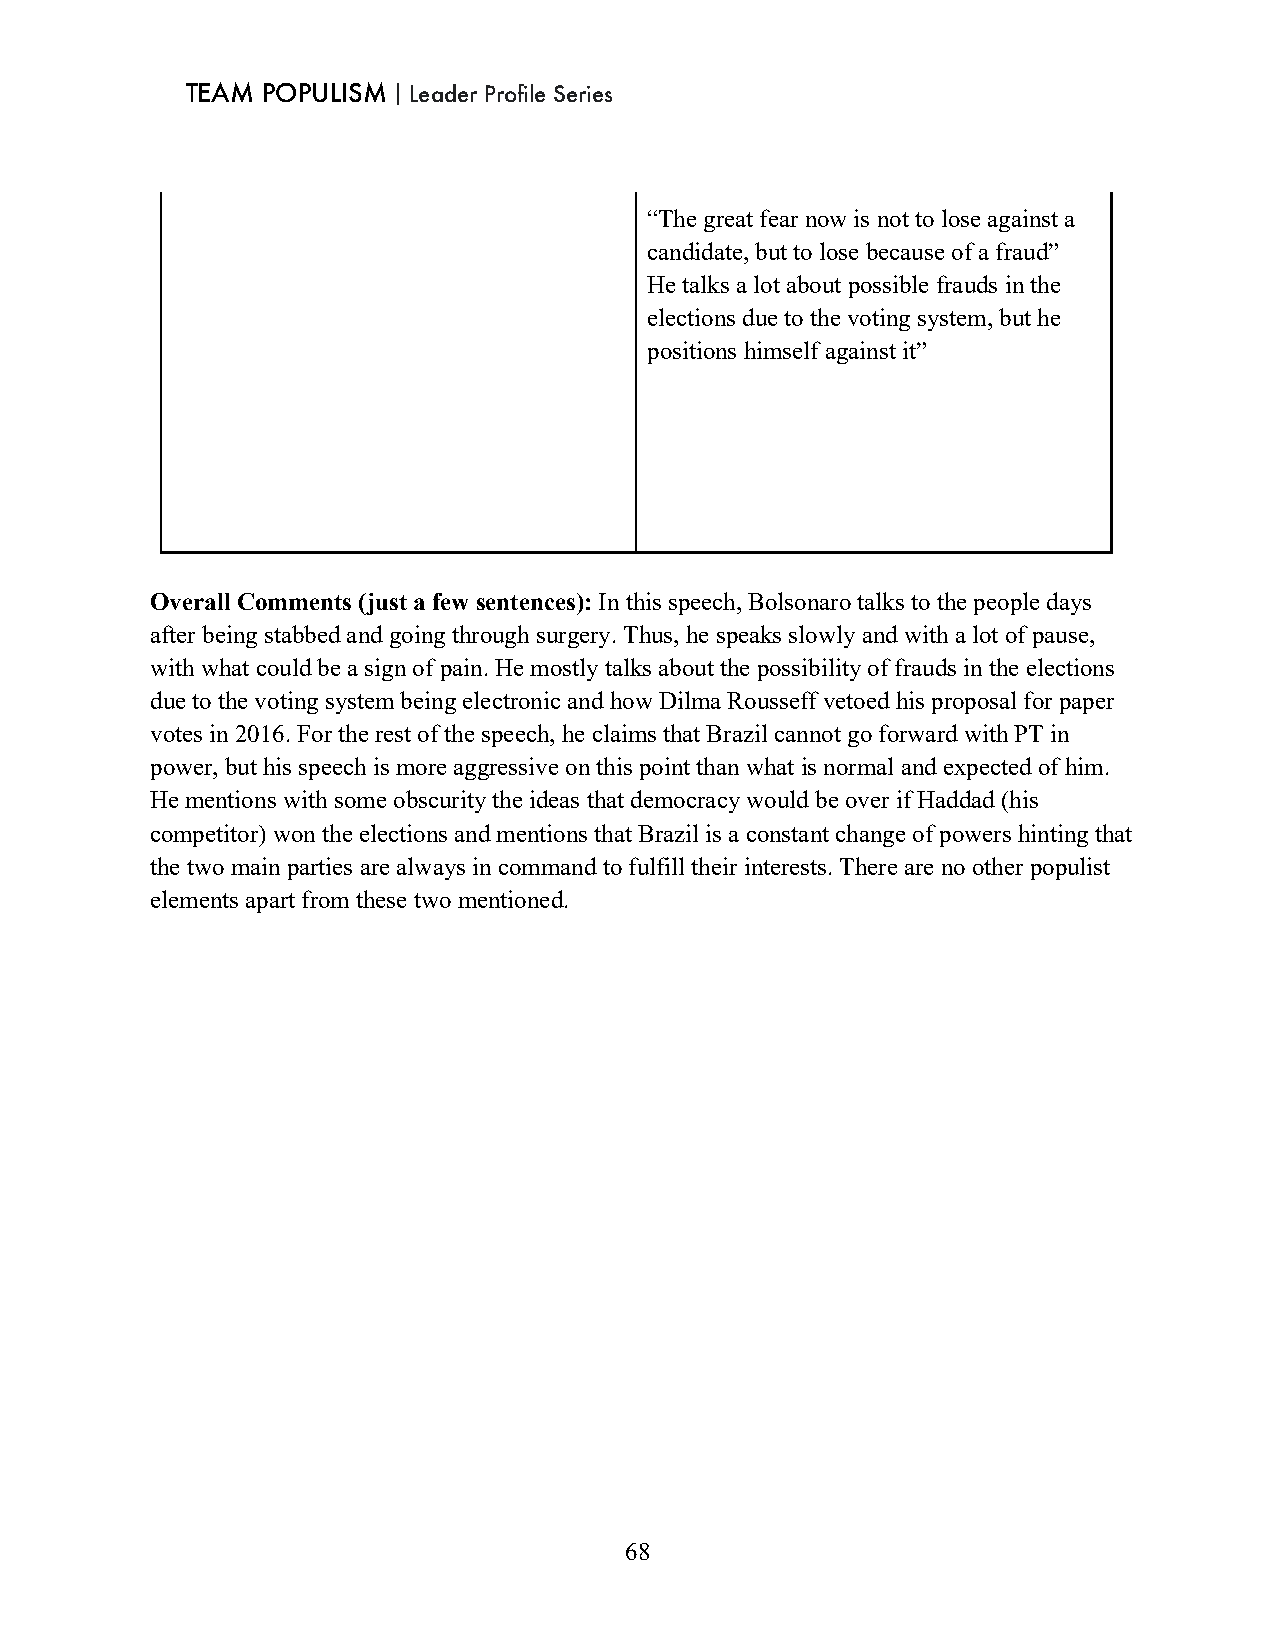
TEAM POPULISM｜Leader Profile Series
 “The great fear now is not to lose against a
 candidate, but to lose because of a fraud”
 He talks a lot about possible frauds in the
 elections due to the voting system, but he
 positions himself against it”
 Overall Comments (just a few sentences): In this speech, Bolsonaro talks to the people days
 after being stabbed and going through surgery. Thus, he speaks slowly and with a lot of pause,
 with what could be a sign of pain. He mostly talks about the possibility of frauds in the elections
 due to the voting system being electronic and how Dilma Rousseff vetoed his proposal for paper
 votes in 2016. For the rest of the speech, he claims that Brazil cannot go forward with PT in
 power, but his speech is more aggressive on this point than what is normal and expected of him.
 He mentions with some obscurity the ideas that democracy would be over if Haddad (his
 competitor) won the elections and mentions that Brazil is a constant change of powers hinting that
 the two main parties are always in command to fulfill their interests. There are no other populist
 elements apart from these two mentioned.
 68